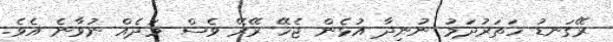
ރޭގަނޑު ހަތަރުދަމު ނުނިދާ އުޅެން ޖެހޭ ރޭރޭ ވެސް މަދެއް ނުވާނެ އެވެ.